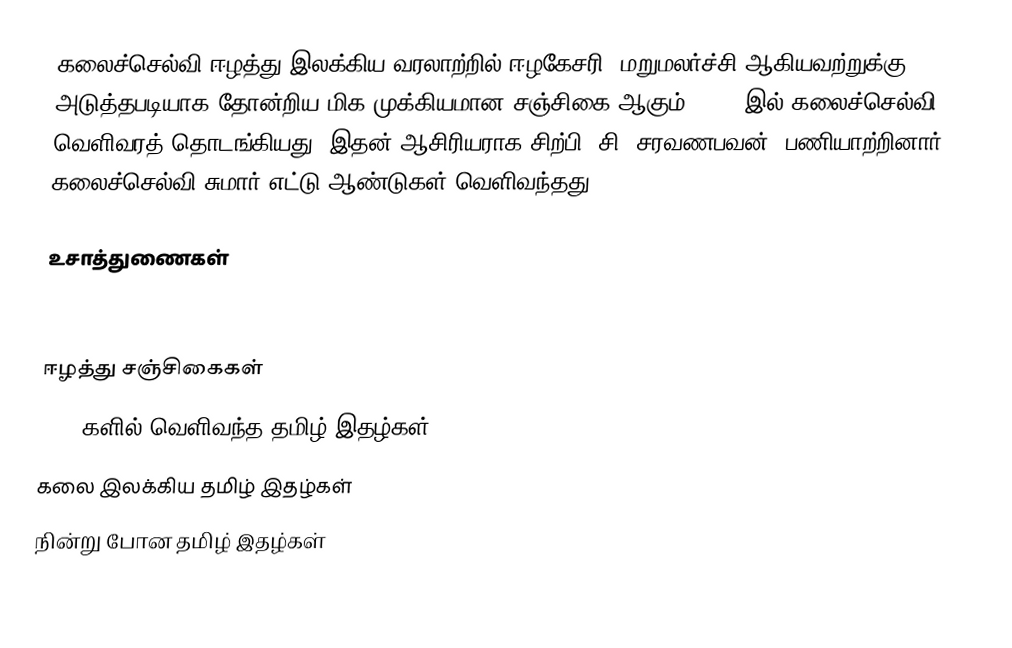
கலைச்செல்வி ஈழத்து இலக்கிய வரலாற்றில் ஈழகேசரி, மறுமலர்ச்சி ஆகியவற்றுக்கு அடுத்தபடியாக தோன்றிய மிக முக்கியமான சஞ்சிகை ஆகும். 1958 இல் கலைச்செல்வி வெளிவரத் தொடங்கியது. இதன் ஆசிரியராக சிற்பி (சி. சரவணபவன்) பணியாற்றினார். கலைச்செல்வி சுமார் எட்டு ஆண்டுகள் வெளிவந்தது.

உசாத்துணைகள்

ஈழத்து சஞ்சிகைகள்
1950 களில் வெளிவந்த தமிழ் இதழ்கள்
கலை இலக்கிய தமிழ் இதழ்கள்
நின்று போன தமிழ் இதழ்கள்